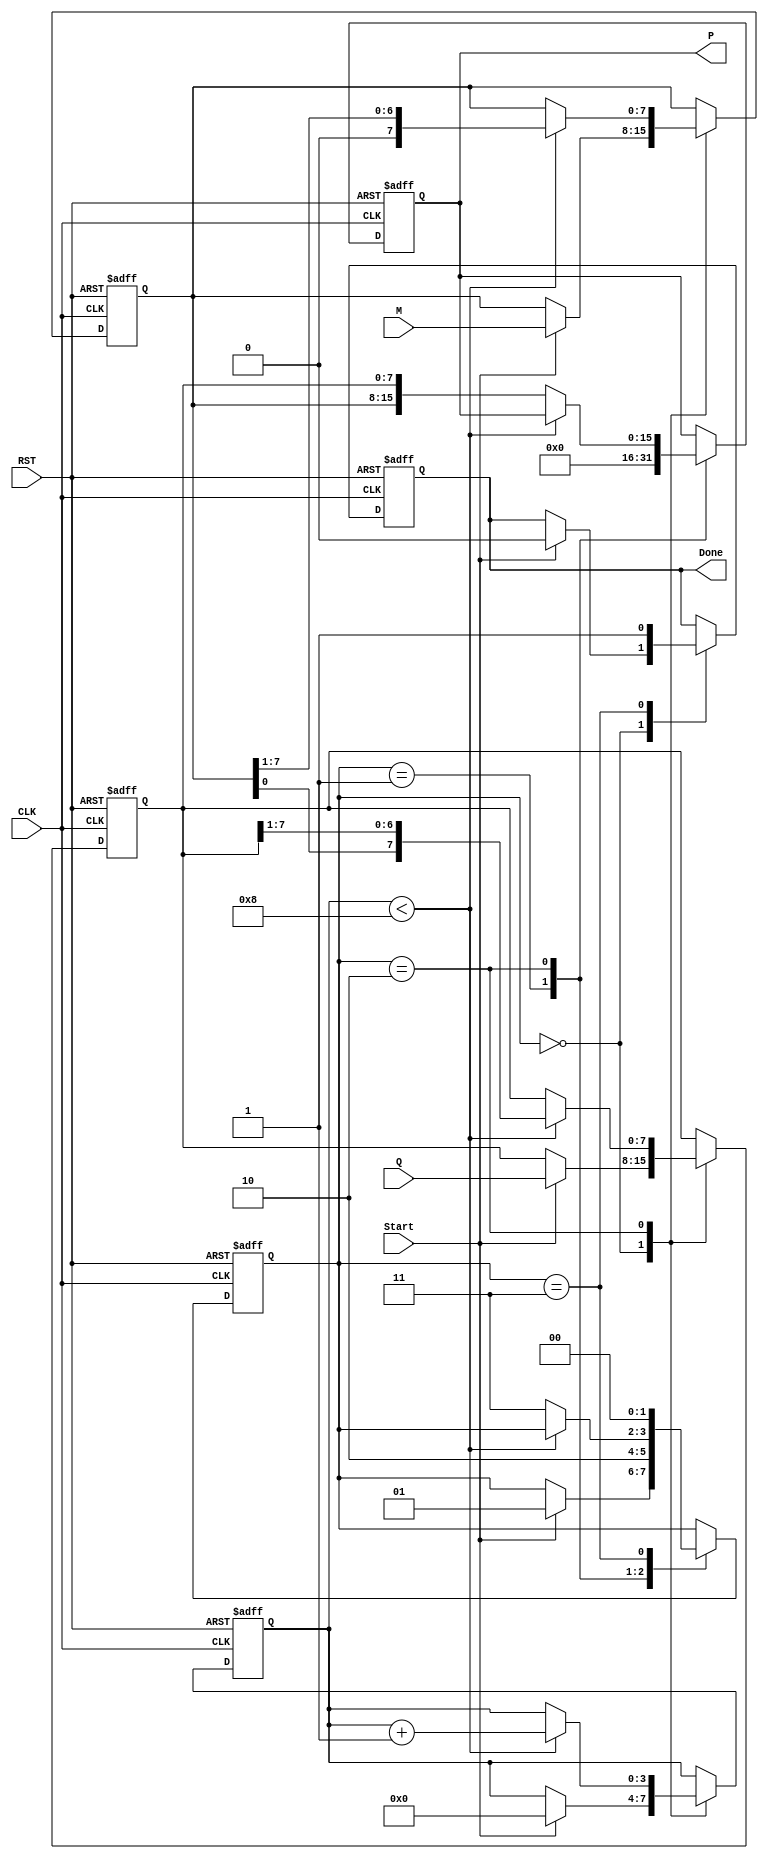
module modified_booth_multiplier #(
    parameter WIDTH = 8 // Bit width for the multiplicand and multiplier
)(
    input wire [WIDTH-1:0] M,      // Multiplicand
    input wire [WIDTH-1:0] Q,      // Multiplier
    input wire Start,               // Control signal to start multiplication
    input wire CLK,                 // Clock signal
    input wire RST,                 // Reset signal
    output reg [2*WIDTH-1:0] P,     // Product
    output reg Done                 // Completion signal
);

    // Internal registers
    reg [WIDTH-1:0] A;              // Accumulator
    reg [WIDTH-1:0] Q_reg;          // Multiplier register
    reg Q_1;                        // Previous LSB of Q
    reg [3:0] count;                // Iteration counter
    reg [1:0] state;                // FSM state

    // State encoding
    localparam IDLE = 2'b00,
               INIT = 2'b01,
               PROCESS = 2'b10,
               DONE = 2'b11;

    // Initial state
    initial begin
        P = 0;
        A = 0;
        Q_reg = 0;
        Q_1 = 0;
        count = 0;
        state = IDLE;
        Done = 0;
    end

    // FSM for controlling the multiplication process
    always @(posedge CLK or posedge RST) begin
        if (RST) begin
            // Reset all registers and state
            P <= 0;
            A <= 0;
            Q_reg <= 0;
            Q_1 <= 0;
            count <= 0;
            state <= IDLE;
            Done <= 0;
        end else begin
            case (state)
                IDLE: begin
                    if (Start) begin
                        // Load multiplicand and multiplier
                        A <= M;
                        Q_reg <= Q;
                        Q_1 <= 0;
                        count <= 0;
                        state <= INIT;
                        Done <= 0;
                    end
                end

                INIT: begin
                    // Initialize the product register
                    P <= 0;
                    state <= PROCESS;
                end

                PROCESS: begin
                    if (count < WIDTH) begin
                        // Check the last two bits of Q
                        case ({Q_reg[0], Q_1})
                            2'b01: A <= A + M;       // Add M to A
                            2'b10: A <= A - M;       // Subtract M from A
                            2'b00: A <= A;           // Do nothing
                            2'b11: A <= A;           // Do nothing
                        endcase

                        // Arithmetic right shift
                        {A, Q_reg, Q_1} <= {A, Q_reg, Q_1} >> 1;

                        // Update the count
                        count <= count + 1;
                    end else begin
                        // Store the final product
                        P <= {A, Q_reg};
                        state <= DONE;
                    end
                end

                DONE: begin
                    Done <= 1; // Set done signal
                    state <= IDLE; // Go back to idle state
                end
            endcase
        end
    end
endmodule